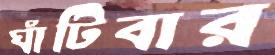
ঘাঁটিবার